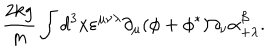
LaTeX: { \frac { 2 k g } { m } } \int d ^ { 3 } x \varepsilon ^ { \mu \nu \lambda } \partial _ { \mu } ( \phi + \phi ^ { * } ) \partial _ { \nu } \alpha _ { + \lambda } ^ { \beta } .